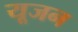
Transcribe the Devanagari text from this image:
यूजन